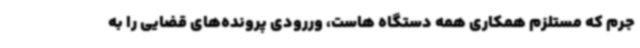
جرم که مستلزم همکاری همه دستگاه هاست، وررودی پرونده‌های قضایی را به